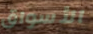
الأسواق